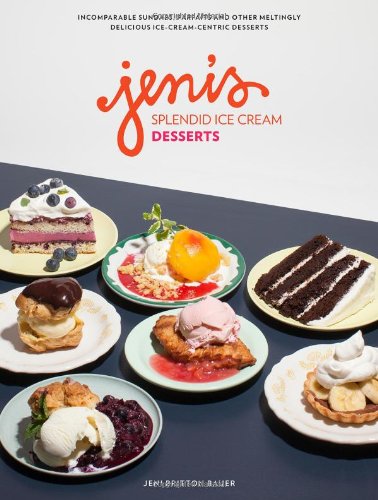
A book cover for Jeni's Splendid Ice Cream Desserts; Jeni Britton Bauer; Cookbooks, Food & Wine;